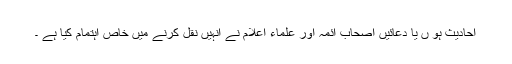
احادیث ہو ں یا دعائیں اصحاب آئمہ اور علماء اعلام نے انہیں نقل کرنے میں خاص اہتمام کیا ہے ۔